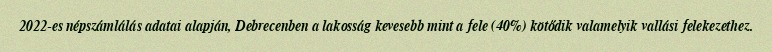
2022-es népszámlálás adatai alapján, Debrecenben a lakosság kevesebb mint a fele (40%) kötődik valamelyik vallási felekezethez.